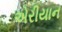
એરીયાન